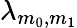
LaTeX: \lambda_{m_{0},m_{1}}